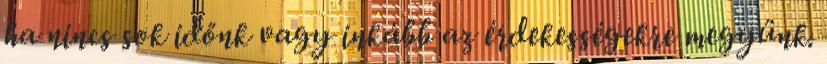
ha nincs sok időnk vagy inkább az érdekességekre megyünk.